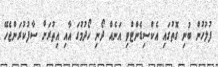
ފުލުހުން ބުނި ގޮތުގައި އެކްސިޑެންޓްވި އަނެއް ދޯނި ހޯދުމުގަ އާއި އިތުރަށް ސާފުކުރަންޖެހޭ